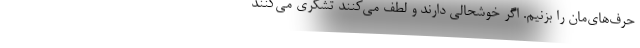
حرف‌های‌مان را بزنیم. اگر خوشحالی دارند و لطف می‌کنند تشکری می‌کنند